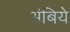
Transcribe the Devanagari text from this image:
अंबिये